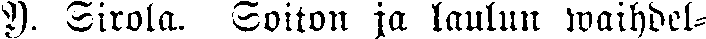
Y. Sirola. Soiton ja laulun waihdel-